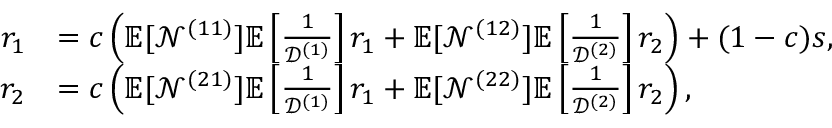
\begin{array} { r l } { r _ { 1 } } & { = c \left( \mathbb { E } [ \mathcal { N } ^ { ( 1 1 ) } ] \mathbb { E } \left[ \frac { 1 } { \mathcal { D } ^ { ( 1 ) } } \right] r _ { 1 } + \mathbb { E } [ \mathcal { N } ^ { ( 1 2 ) } ] \mathbb { E } \left[ \frac { 1 } { \mathcal { D } ^ { ( 2 ) } } \right] r _ { 2 } \right) + ( 1 - c ) s , } \\ { r _ { 2 } } & { = c \left( \mathbb { E } [ \mathcal { N } ^ { ( 2 1 ) } ] \mathbb { E } \left[ \frac { 1 } { \mathcal { D } ^ { ( 1 ) } } \right] r _ { 1 } + \mathbb { E } [ \mathcal { N } ^ { ( 2 2 ) } ] \mathbb { E } \left[ \frac { 1 } { \mathcal { D } ^ { ( 2 ) } } \right] r _ { 2 } \right) , } \end{array}